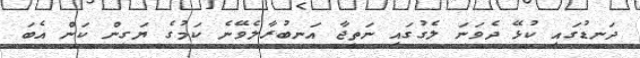
ދަނޑުގައި ކުޅޭ ދެވަނަ ލެގުގައި ނަތީޖާ އަނބުރާލެވޭނެ ކަމުގެ ޔަގީން ކަން އެބަ